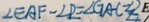
\angle E A F - \angle 2 = \angle G A C - \angle 2 E